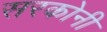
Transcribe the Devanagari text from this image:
सरकोनी